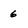
Character: 6